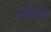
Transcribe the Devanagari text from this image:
ज़ोलर